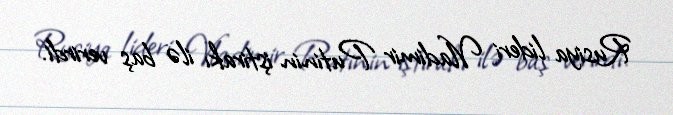
Rusiya lideri Vladimir Putinin iştirakı ilə baş verirdi.